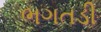
ભગતડી